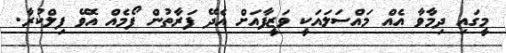
މީގައި ދިމާވާ އެއް މައްސަލައަކީ ވަޒީފާއަށް އެދޭ ފަރާތުން ފޯމެއް އޮވޭ ފިލްކުރާ.